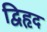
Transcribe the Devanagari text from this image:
द्विहृद